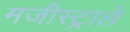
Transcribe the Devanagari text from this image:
मजीस्ट्राले